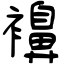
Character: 襣